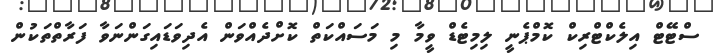
ސްޓޭޓް އިލެކްޓްރިކް ކޮމްޕެނީ ލިމިޓެޑް ވީމާ މި މަސައްކަތް ކޮށްދެއްވަން އެދިވަޑައިގަންނަވާ ފަރާތްތަކުން